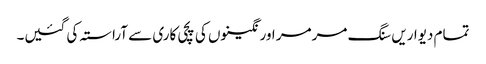
تمام دیواریں سنگ مرمر اور نگینوں کی پچی کاری سے آراستہ کی گئیں۔